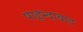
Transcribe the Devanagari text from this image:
पाइन्दाबाद